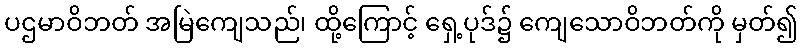
ပဌမာဝိဘတ် အမြဲကျေသည်၊ ထို့ကြောင့် ရှေ့ပုဒ်၌ ကျေသောဝိဘတ်ကို မှတ်၍